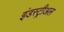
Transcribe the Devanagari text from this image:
इंडस्ट्रीअल